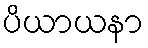
ပိယာယနာ